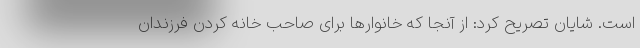
است. شایان تصریح کرد: از آنجا که خانوارها برای صاحب خانه کردن فرزندان